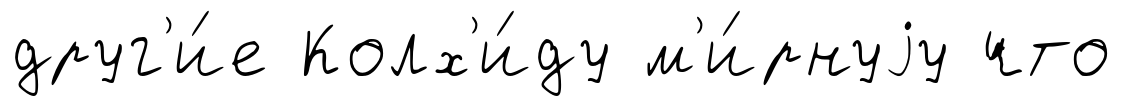
друг'и́е Колх'и́ду м'и́рнуjу что